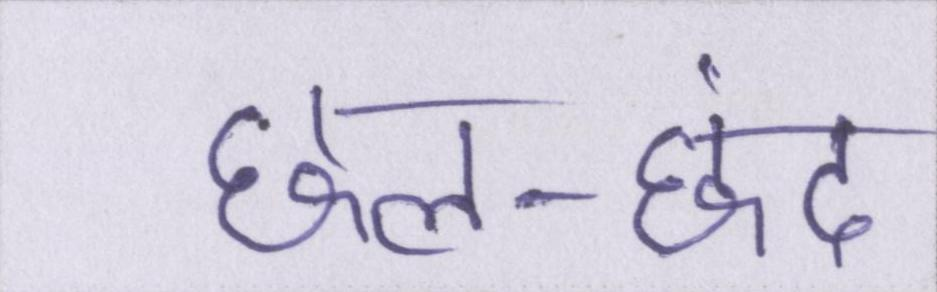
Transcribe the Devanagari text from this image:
छल-छंद